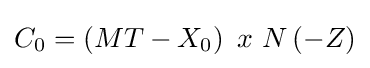
C_{0}=\left(MT-X_{0}\right)\ x\ N\left(-Z\right)